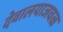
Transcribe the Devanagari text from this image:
देवालयाजवळ